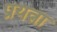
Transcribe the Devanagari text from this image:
प्रयत्ना